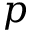
\boldsymbol { p }